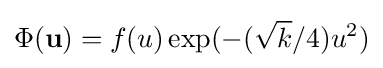
\Phi (\mathbf {u} )=f(u)\exp(-({\sqrt {k}}/4)u^{2})